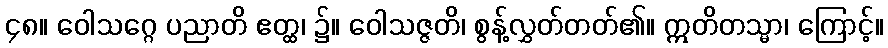
၄၈။ ဝေါသဂ္ဂေ ပညာတိ ဧတ္ထ၊ ၌။ ဝေါသဇ္ဇတိ၊ စွန့်လွှတ်တတ်၏။ ဣတိတသ္မာ၊ ကြောင့်။